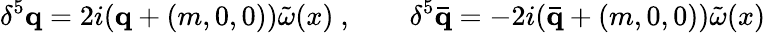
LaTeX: \delta^{5}{\mathbf q}=2i({\mathbf q}+(m,0,0))\tilde{\omega}(x)\ ,\qquad\delta^{5}{\mathbf{\bar{q}}}=-2i({\mathbf{\bar{q}}}+(m,0,0))\tilde{\omega}(x)